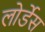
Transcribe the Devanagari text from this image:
लोर्डेस